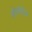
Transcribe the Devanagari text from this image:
हौलीडेज़